Vital statistics of India. Vol. IV, Annual returns from 1871 to 1876. British Army of India, Native Army and jails of Bengal
Year: 1871
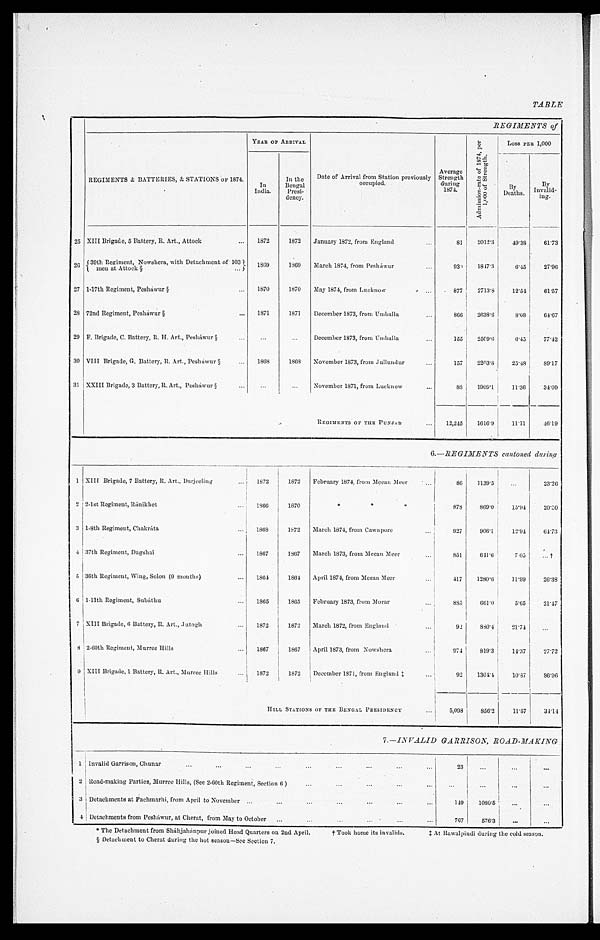
TABLE
REGIMENTS of
REGIMENTS & BATTERIES, & STATIONS OF 1874.
YEAR OF ARRIVAL
Date of Arrival from Station previously
occupied.
Average
Strength
during
1874.
A d m i s s i o n s - r a t e o f 1 8 7 4 , p e r 1 , 0 0 0 o f S t r e n g t h .
Loss PER 1,000
In
India.
In the
Bengal
Presi-
dency.
By Deaths.
By
Invalid-
ing.
25 XIII Brigade, 5 Battery, R. Art., Attock . . .
1872
1872
January 1872, from England . . .
81
2012.3
49.38
61.73
2 6 39th Regiment, Nowshera, with Detachment of 103
men at Attock § . . .
1 8 6 9
1869
March 1874, from Pesháwur . . .
930
1847.3
6.45
27.96
27 1-17th Regiment, Pesháwur § . . .
1870
1870
May 1874, from Lucknow . . .
877
2713.8
12.54
61.57
28 72nd Regiment, Pesháwur § . . .
1871
1871
December 1873, from Umballa
866
2638.6
8.08
64.67
29 F. Brigade, C. Battery, R. H. Art., Pesháwur § . . .
. . .
. . .
December 1873, from Umballa
155
2509.6
6.45
77.42
30 VIII Brigade, G. Battery, R. Art., Pesháwur § . . .
1868
1868
November 1873, from Jullundur . . .
157
2203.8
25.48
89.17
31 XXIII Brigade, 3 Battery, R. Art., Pesháwur § . . .
. . .
. . .
November 1871, from Lucknow . . .
88
1909.1
11.36
34.09
REGIMENTS OF THE PUNJAB . . .
12,245
1616.9
11.11
46.19
6 .—REGIMENTS cantoned during
_
1 XIII Brigade, 7 Battery, R. Art., Darjeeling . . .
1872
1872
February 1874, from Meean Meer . . .
86
1139.5
. . .
23.26
2 2-1st Regiment, Ránikhet . . .
1866
1870
* * *
878
869.0
1 5 . 9 4
20.50
3 1-8th Regiment, Chakráta . . .
1868
1872
March 1874, from Cawnpore . . .
927
906.1
12.94
64.73
4 37th Regiment, Dagshai . . .
1867
1867
March 1873, from Meean Meer . . .
851
641.6
7 . 0 5
. . . †
5 36th Regiment, Wing, Solon (9 months) . . .
1864
1864
April 1874, from Meean Meer . . .
417
1280.6
11.99
26.38
6 1-11th Regiment, Subáthu . . .
1865
1865
February 1873, from Morar . . .
885
661.0
5.65
21.47
7 XIII Brigade, 6 Battery, R. Art., Jutogh . . .
1872
1872
March 1872, from England . . .
9 2
880.4
21.74
. . .
8 2-60th Regiment, Murree Hills . . .
1867
1867
April 1873, from Nowshera . . .
974
819.3
14.37
27.72
9 XIII Brigade, 1 Battery, R. Art., Murree Hills . . .
1872
1872
D e c e m b e r 1 8 7 1 , f r o m E n g l a n d ‡ . . .
92
1304.4
10.87
86.96
HILL STATIONS OF THE BENGAL P RES I DENCY . . .
5,098
856.2
11.57
34.14
7.—INVALID GARRISON, ROAD-MAKING
1 Invalid Garrison, Chunar . . .
23
. . .
. . .
. . .
2 Road-making Parties, Murree Hills, (See 2-60th Regiment, Section 6) . . .
. . .
. . .
. . .
. . .
3 Detachments at Pachmarhi, from April to November . . .
149
1080.5
. . .
. . .
4 Detachments from Pesháwur, at Cherat, from May to October . . .
767
576.3
. . .
. . .
The Detachment from Sháhjahánpur joined Head Quarters on 2nd April.
† Took home its invalids.
‡ At Rawalpindi during the cold season.
§ Detachment to Cherat during the hot season—See Section 7.